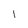
Character: 1